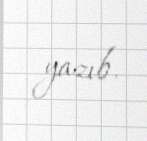
yazıb.